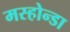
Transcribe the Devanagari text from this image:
मस्होन्डा